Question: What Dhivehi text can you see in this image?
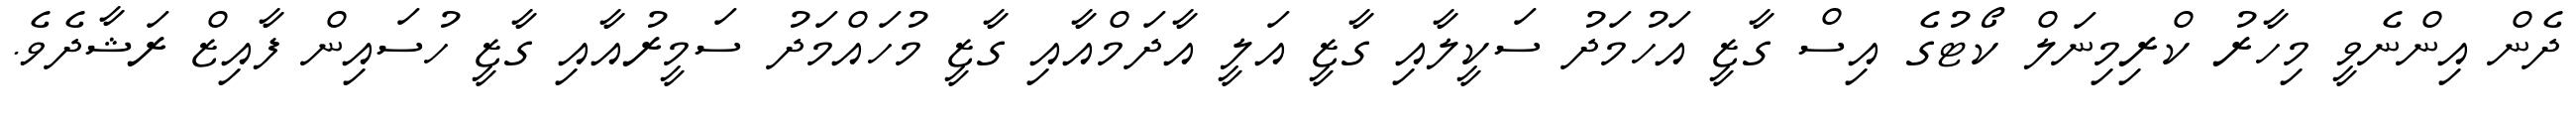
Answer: ދެން އިންނެވީ މިހާރު ކްރިމިނަލް ކޯޓުގެ އިސް ގާޒީ އަހުމަދު ސަކީލާއި ގާޒީ އަލީ އާދަމްއާއި ގާޒީ މުހައްމަދު ސަމީރުއާއި ގާޒީ ހުސައިން ފާއިޒް ރަޝާދެވެ.